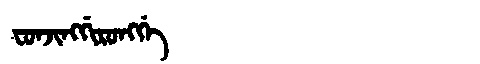
Manchu: ᠸᠣᠨᠵᡳᠩᡤᡳᡵᠣᠩᡤᡝ
Romanization: FONJINGGIRONGGE